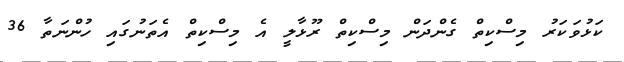
ކަޅުވަކަރު މިސްކިތް ގެންދަން މިސްކިތް ރޫޅާލީ އެ މިސްކިތް އެތަނުގައި ހުންނަތާ 36